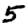
Digit: 5